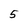
Character: 5